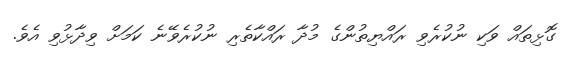
ގޮޅިތައް ވަކި ނުކުރެވި ރައްޔިތުންގެ މުދާ ރައްކާތެރި ނުކުރެވޭނެ ކަމަށް ވިދާޅުވި އެވެ.